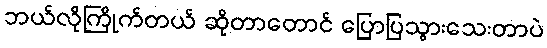
ဘယ်လိုကြိုက်တယ် ဆိုတာတောင် ပြောပြသွားသေးတာပဲ